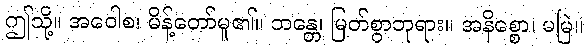
ဤသို့။ အဝေါစ၊ မိန့်တော်မူ၏။ ဘန္တေ၊ မြတ်စွာဘုရား။ အနိစ္စော၊ မမြဲ။